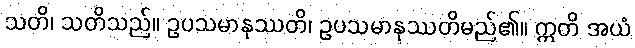
သတိ၊ သတိသည်။ ဥပသမာနုဿတိ၊ ဥပသမာနုဿတိမည်၏။ ဣတိ အယံ